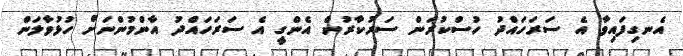
އެނގިފައިވާ އެ ސަރަހައްދު ހުސްކުރަން ސަރުކާރުން އެންގީ އެ ސަރަހައްދު އާންމުންނަށް ހުޅުވާލަން